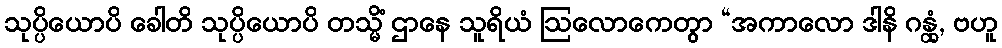
သုပ္ပိယောပိ ခေါတိ သုပ္ပိယောပိ တသ္မိံ ဌာနေ သူရိယံ ဩလောကေတွာ “အကာလော ဒါနိ ဂန္တုံ, ဗဟူ